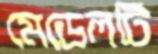
মেডেলটি